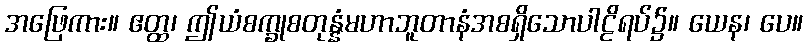
အဖြေကား။ ဧတ္ထ၊ ဤယံစက္ခုစတုန္နံမဟာဘူတာနံအစရှိသောပါဠိရပ်၌။ ယေန၊ ပေ။